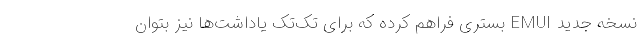
نسخه جدید EMUI بستری فراهم کرده که برای تک‌تک یاداشت‌ها نیز بتوان